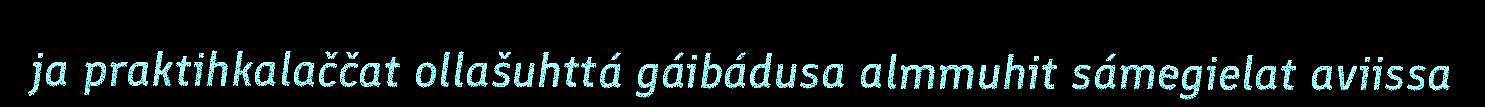
ja praktihkalaččat ollašuhttá gáibádusa almmuhit sámegielat aviissa